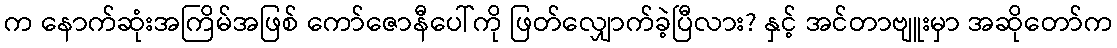
က နောက်ဆုံးအကြိမ်အဖြစ် ကော်ဇောနီပေါ်ကို ဖြတ်လျှောက်ခဲ့ပြီလား? နှင့် အင်တာဗျူးမှာ အဆိုတော်က